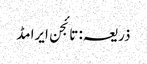
ذریعہ: تائجن ایرامڈ